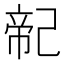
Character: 𢁆